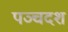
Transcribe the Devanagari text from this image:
पञ्चदश